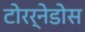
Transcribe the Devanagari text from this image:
टोरर्नेडोस